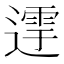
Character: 𨖛